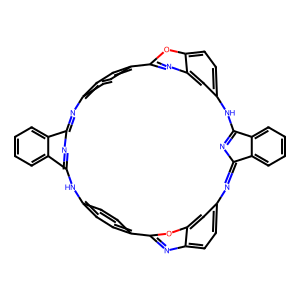
SMILES: c1ccc2c(c1)C1=Nc3ccc(cc3)-c3nc4cc(ccc4o3)NC3=NC(=Nc4ccc5nc(oc5c4)-c4ccc(cc4)NC2=N1)c1ccccc13
Inhibits HIV replication: No